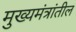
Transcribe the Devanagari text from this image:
मुख्यमंत्रांतील